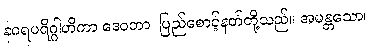
နဂရပရိဂ္ဂါဟိကာ ဒေဝတာ၊ ပြည်စောင့်နတ်တို့သည်။ အမန္တသော၊